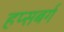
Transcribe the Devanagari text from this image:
हप्सबर्ग